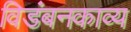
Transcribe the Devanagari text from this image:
विडंबनकाव्य